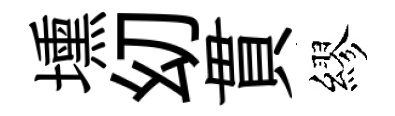
壎㓜貫繆